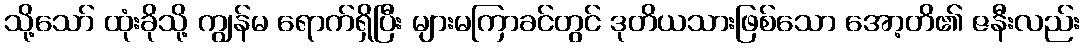
သို့သော် ထုံးခိုသို့ ကျွန်မ ရောက်ရှိပြီး များမကြာခင်တွင် ဒုတိယသားဖြစ်သော အော့တိ၏ ဇနီးလည်း